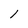
Character: l